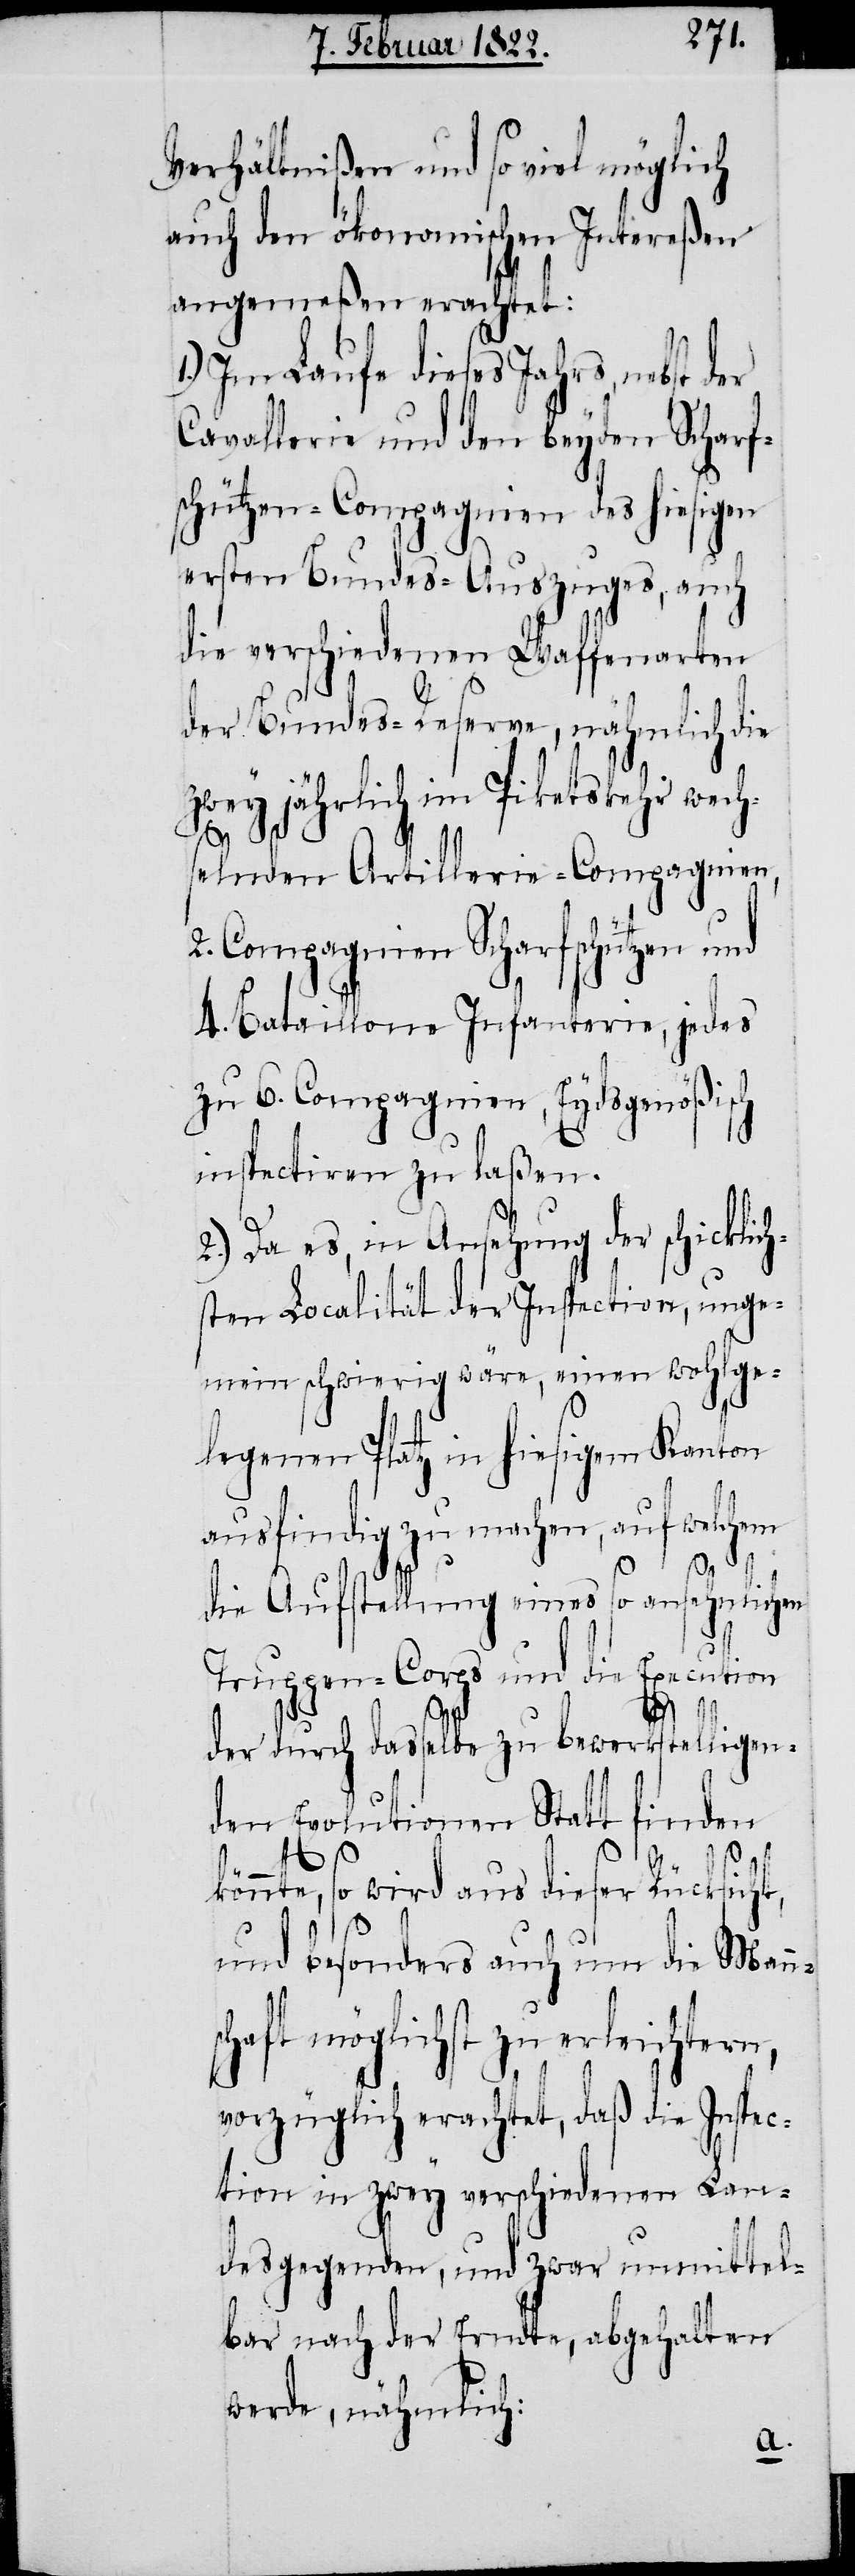
Verhältnißen und so viel möglich
auch den ökonomischen Intereßen
angemeßen erachtet:
1.) Im Laufe dieses Jahres, nebst der
Cavallerie und den beyden Scharf¬
schützen-Compagnien des hiesigen
ersten Bundes-Auszuges, auch
die verschiedenen Waffenarten
der Bundes-Reserve, nähmlich die
zwey jährlich im Piketskehr wech¬
nsc¬
selnden Artillerie-Compagnien,
2. Compagnien Scharfschützen und
4. Bataillone Infanterie, jedes
zu 6. Compagnien, Eydsgenößisch
inspectiren zu laßen.
2.) Das es, in Ansehung der schicklich¬
sten Localität der Inspection, unge¬
mein schwierig wäre, einen wohlge¬
legenen Platz in hiesigem Kanton
ausfindig zu machen, auf welchem
die Aufstellung eines so ansehnlichen
Truppen-Corps und die Execution
der durch dasselbe zu bewerkstelligen¬
den Evolutionen Statt finden
n,
könnte, so wird aus dieser Rücksicht,
und besonders auch um die Man¬
haft möglichst zu erleichter¬
vorzüglich erachtet, daß die Inspec¬
tion in zwey verschiedenen Lan¬
desgegenden, und zwar unmittel¬
bar nach der Erndte, abgehalten
werde, nähmlich: